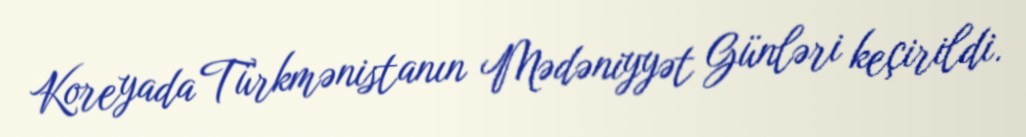
Koreyada Türkmənistanın Mədəniyyət Günləri keçirildi.